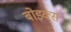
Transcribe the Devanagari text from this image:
बोइक्स